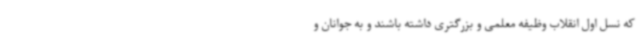
که نسل اول انقلاب وظیفه معلمی و بزرگتری داشته باشند و به جوانان و